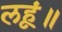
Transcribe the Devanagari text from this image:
लहूं॥